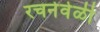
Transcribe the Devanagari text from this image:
रचनेवेळी